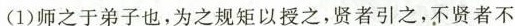
(1)师之于弟子也，为之规矩以授之，贤者引之，不贤者不